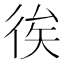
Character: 𢓪